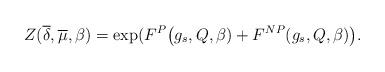
LaTeX: \begin{align*}Z(\overline\delta,\overline\mu,\beta) = \exp(F^{P}\big(g_s,Q,\beta)+F^{NP}(g_s,Q,\beta)\big).\end{align*}